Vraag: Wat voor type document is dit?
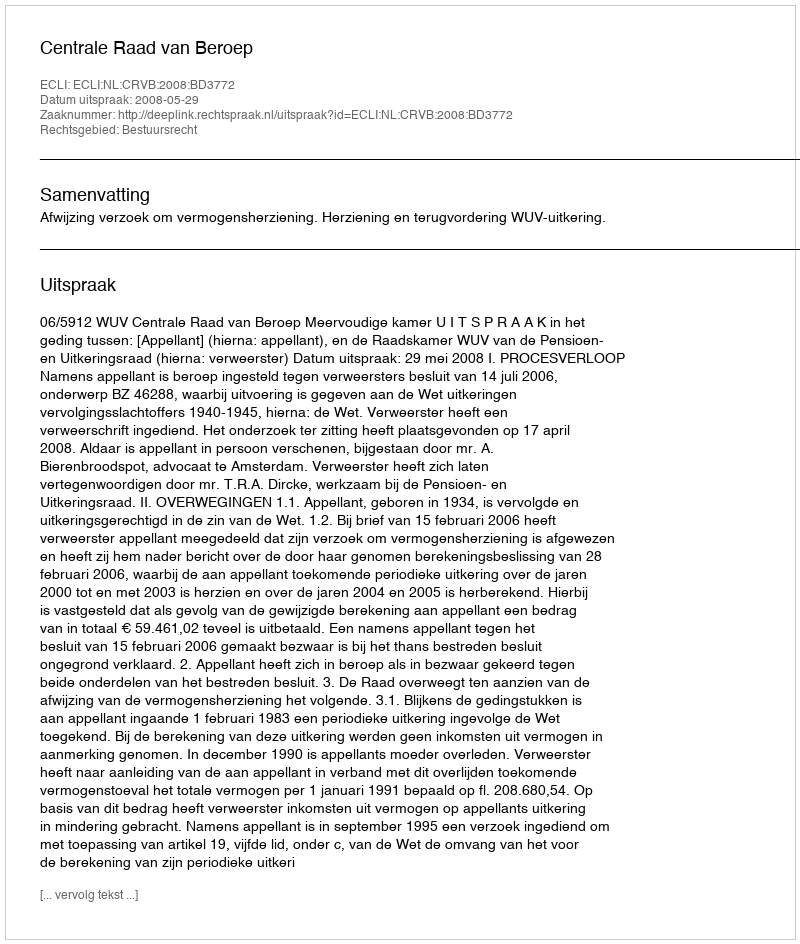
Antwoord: Uitspraak